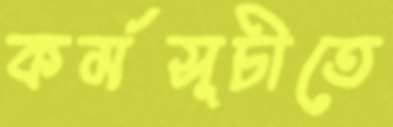
কর্মসূচীতে